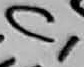
Text: C1